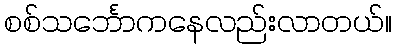
စစ်သင်္ဘောကနေလည်းလာတယ်။